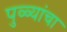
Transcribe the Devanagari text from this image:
पुळ्यांचा